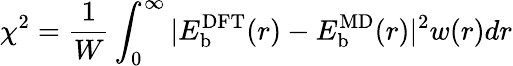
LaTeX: \chi^{2}=\frac{1}{W}\int_{0}^{\infty}|E_{\mathrm{b}}^{\mathrm{DFT}}(r)-E_{\mathrm{b}}^{\mathrm{MD}}(r)|^{2}w(r)dr